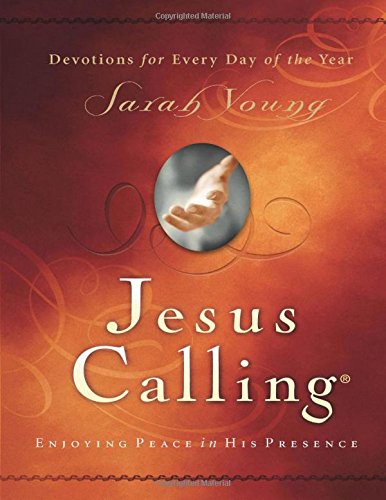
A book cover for Jesus Calling: Enjoying Peace in His Presence; Sarah Young; Christian Books & Bibles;